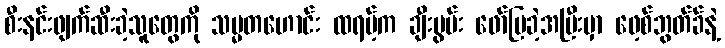
စီးနင်းဖျက်ဆီးခဲ့သူတွေကို သမ္မတဟောင်း ထရမ့်က ချီးမွမ်း ဖော်ပြခဲ့အပြီးမှာ ဖေ့စ်ဘွတ်ခ်နဲ့